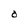
Character: O